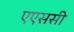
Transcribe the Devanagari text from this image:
एएससी